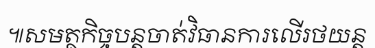
៕សមត្ថកិច្ចបន្តចាត់វិធានការលើរថយន្ត